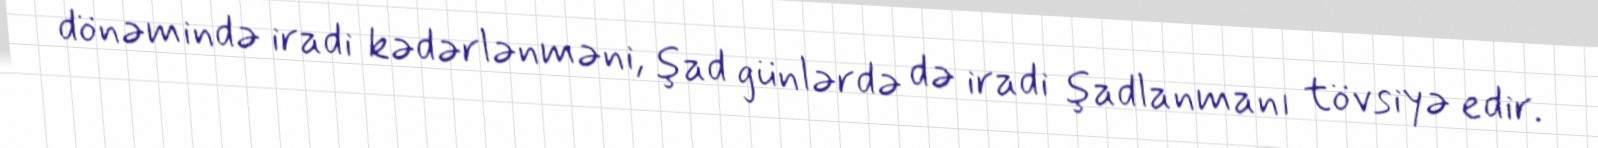
dönəmində iradi kədərlənməni, şad günlərdə də iradi şadlanmanı tövsiyə edir.